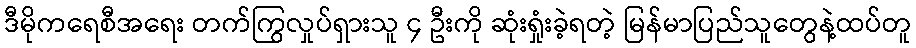
ဒီမိုကရေစီအရေး တက်ကြွလှုပ်ရှားသူ ၄ ဦးကို ဆုံးရှုံးခဲ့ရတဲ့ မြန်မာပြည်သူတွေနဲ့ထပ်တူ